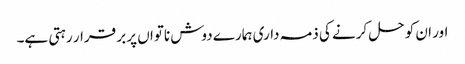
اور ان کو حل کرنے کی ذمہ داری ہمارے دوش ناتواں پر بر قرار رہتی ہے۔